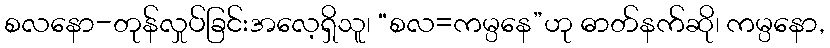
စလနော-တုန်လှုပ်ခြင်းအလေ့ရှိသူ၊ “စလ=ကမ္ပနေ”ဟု ဓာတ်နက်ဆို၊ ကမ္ပနော,